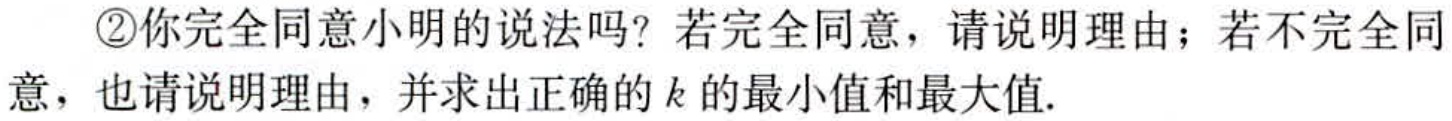
\textcircled{2}你完全同意小明的说法吗？若完全同意，请说明理由；若不完全同
意，也请说明理由，并求出正确的\(k\)的最小值和最大值.